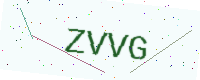
Text: ZVVG